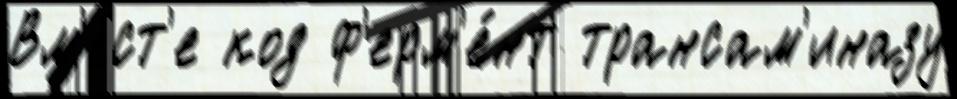
Вм'е́ст'е код ф'ерм'е́нт трансам'иназу